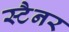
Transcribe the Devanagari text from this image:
स्टैनर